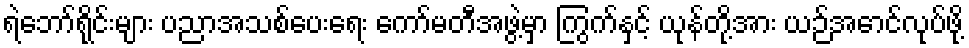
ရဲဘော်ရိုင်းများ ပညာအသစ်ပေးရေး ကော်မတီအဖွဲ့မှာ ကြွက်နှင့် ယုန်တို့အား ယဉ်အောင်လုပ်ဖို့